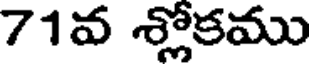
71వ శ్లోకము